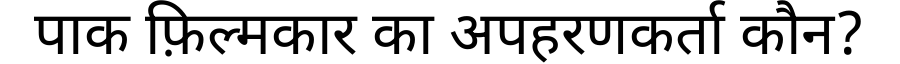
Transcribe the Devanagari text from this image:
पाक फ़िल्मकार का अपहरणकर्ता कौन?